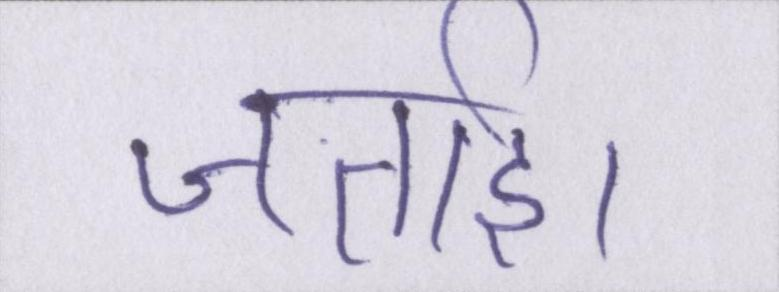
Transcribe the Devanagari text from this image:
जताई।